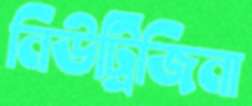
নিউট্রিজিনা